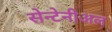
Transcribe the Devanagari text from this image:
सेन्टेनीअल